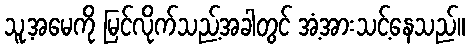
သူ့အမေကို မြင်လိုက်သည့်အခါတွင် အံ့အားသင့်နေသည်။